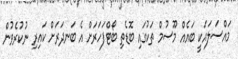
މައްސަލައަކީ ބައެއް މޫސުމް ތަކުގައި ބޮޑެތި ބޯޓްފަހަރަށް އެ ބަނދަރަށް ކައިރި ނުކުރެވުން